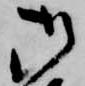
御